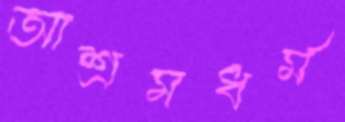
আশ্রমধর্ম